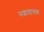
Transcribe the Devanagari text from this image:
नशादायक